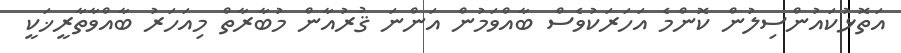
އަތޮޅުކައުންސިލުން ކޮންމެ އަހަރަކުވެސް ބާއްވަމުން އަންނަ ޤުރުއާން މުބާރާތް މިއަހަރު ބާއްވާތާރީޚަކީ